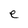
Character: e